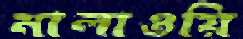
মালাওয়ি